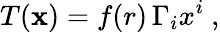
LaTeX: T({\mathbf x})=f(r)\, \Gamma_{i}x^{i}~,